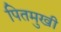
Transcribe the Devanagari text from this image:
पितमुखी